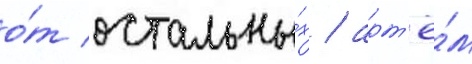
о́т остальны́х / арт'ё́м